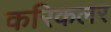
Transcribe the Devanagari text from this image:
करिकलर